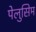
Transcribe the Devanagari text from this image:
पेलुसिम